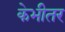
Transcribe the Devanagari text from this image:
केभीतर